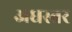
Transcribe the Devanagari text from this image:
अधस्तर